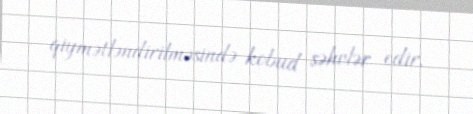
qiymətləndirilməsində kobud səhvlər edir.